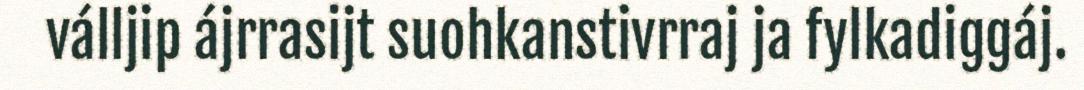
válljip ájrrasijt suohkanstivrraj ja fylkadiggáj.